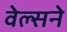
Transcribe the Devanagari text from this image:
वेल्सने